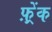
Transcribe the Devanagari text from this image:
फ़्रेंक